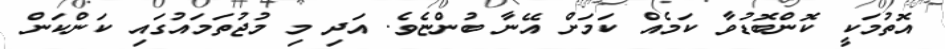
އޮތުމަކީ ކޮންބޮޑުވާ ކަމެއް ކަމަށް އޭނާ ބުންޏެވެ. އަދި މި މުޖުތަމައުގައި ކަންކަން